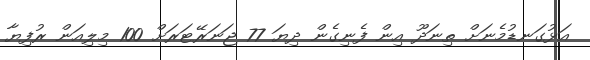
އަޅުގަނޑުމެނަށް ތިނަދޫ އިން ފެނިގެން ދިޔަ 77 ޖަނަރޭޓަރަށް 100 މިލިއަން ރުފިޔާ